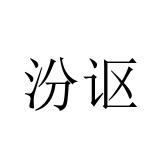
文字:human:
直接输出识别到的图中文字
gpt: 汾讴